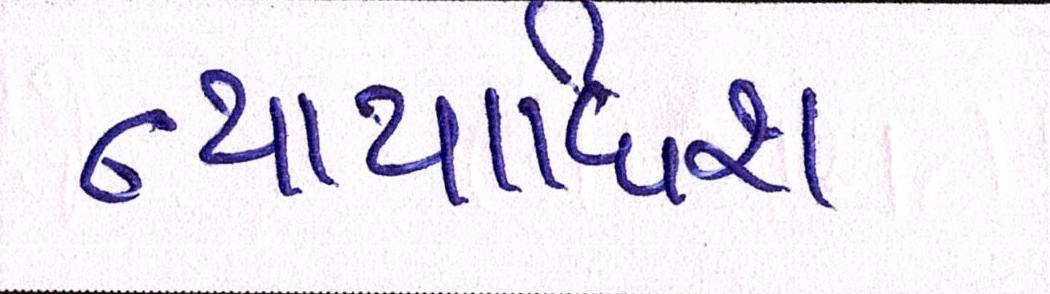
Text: ન્યાયાધિશ